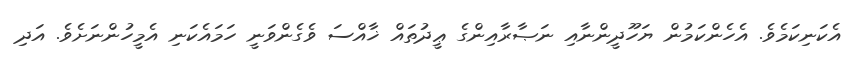
އެކަނިކަމެވެ. އެހެންކަމުން ޔަހޫދީންނާއި ނަޞާރާއިންގެ ޢީދުތައް ޚާއްސަ ވެގެންވަނީ ހަމައެކަނި އެމީހުންނަށެވެ. އަދި